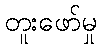
တူးဖော်မှု